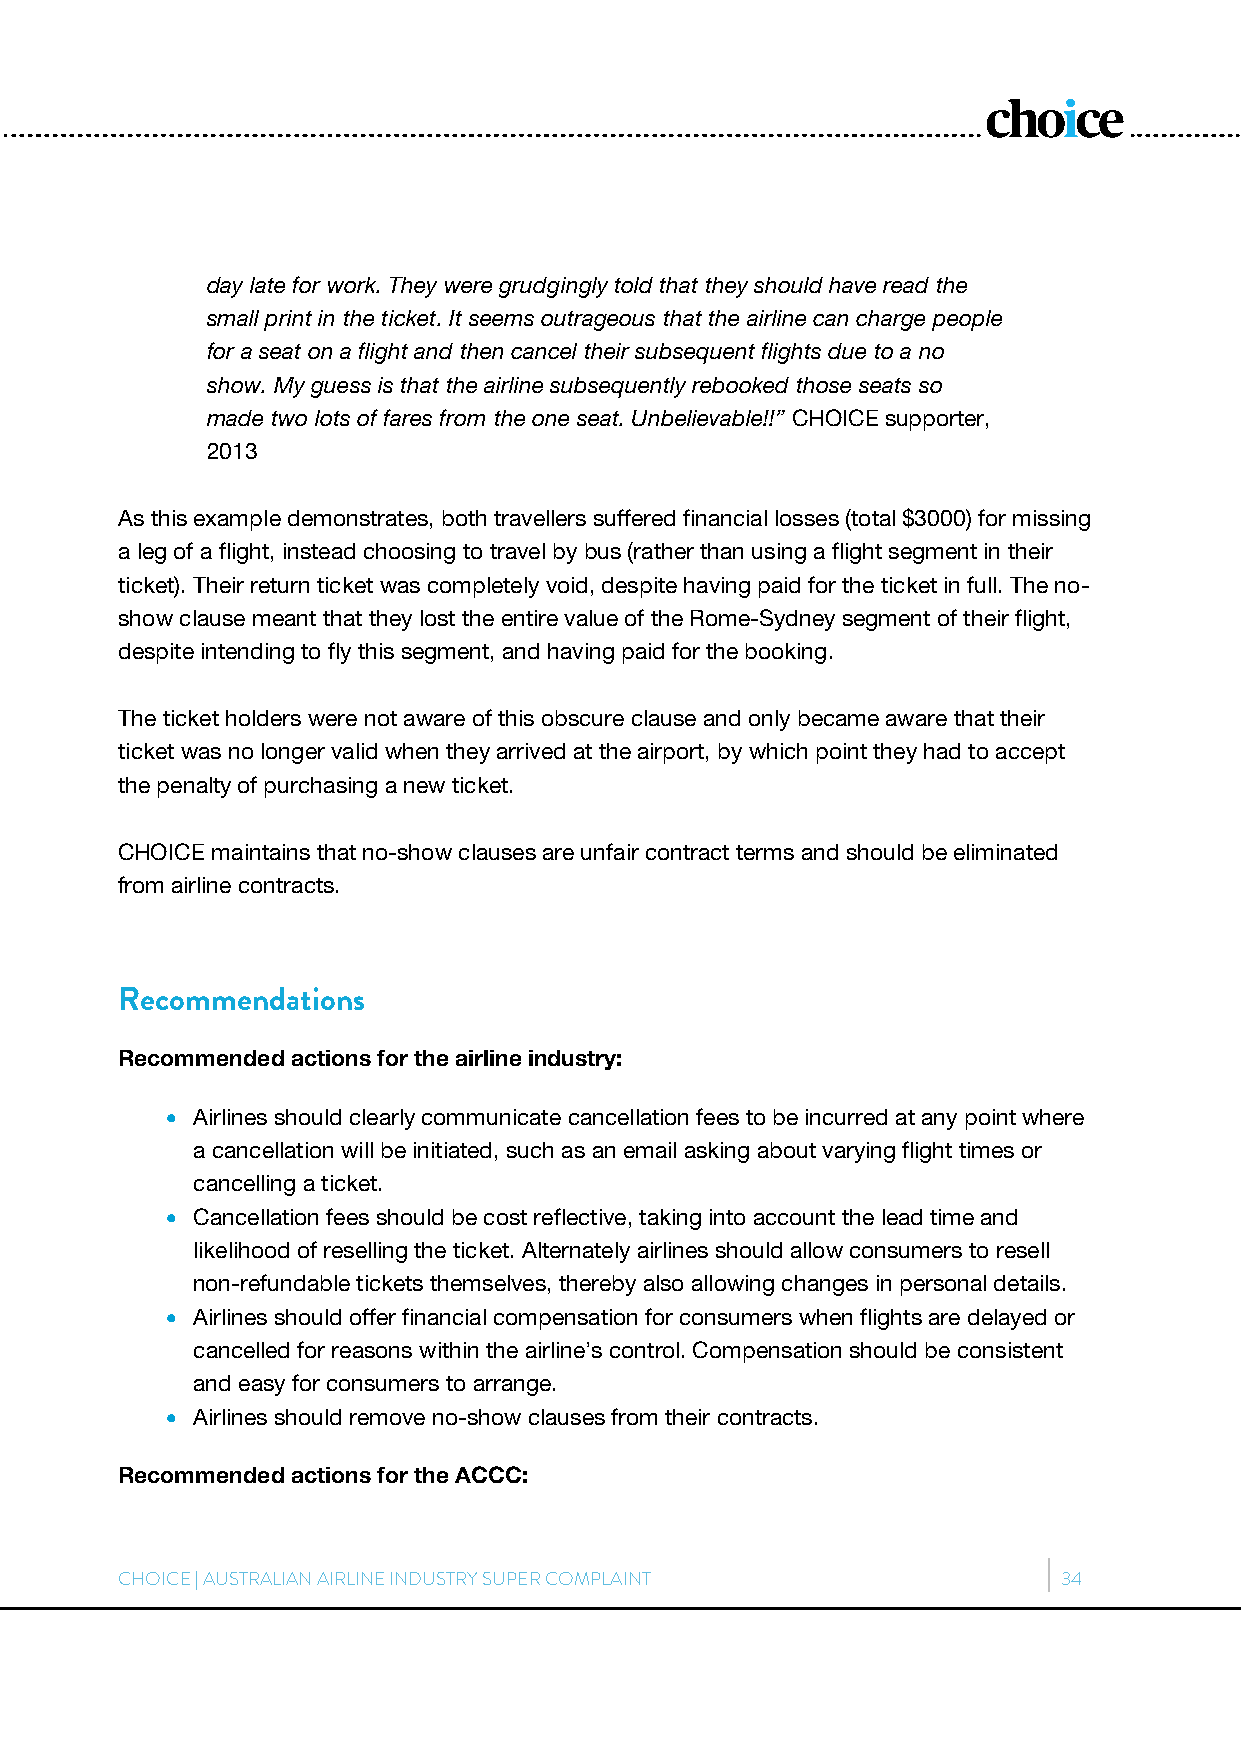
day late for work. They were grudgingly told that they should have read the
 small print in the ticket. It seems outrageous that the airline can charge people
 for a seat on a flight and then cancel their subsequent flights due to a no
 show. My guess is that the airline subsequently rebooked those seats so
 made two lots of fares from the one seat. Unbelievable!!” CHOICE supporter,
 2013
 As this example demonstrates, both travellers suffered financial losses (total $3000) for missing
 a leg of a flight, instead choosing to travel by bus (rather than using a flight segment in their
 ticket). Their return ticket was completely void, despite having paid for the ticket in full. The no-
 show clause meant that they lost the entire value of the Rome-Sydney segment of their flight,
 despite intending to fly this segment, and having paid for the booking.
 The ticket holders were not aware of this obscure clause and only became aware that their
 ticket was no longer valid when they arrived at the airport, by which point they had to accept
 the penalty of purchasing a new ticket.
 CHOICE maintains that no-show clauses are unfair contract terms and should be eliminated
 from airline contracts.
 Recommendations
 Recommended actions for the airline industry:
  Airlines should clearly communicate cancellation fees to be incurred at any point where
 a cancellation will be initiated, such as an email asking about varying flight times or
 cancelling a ticket.
  Cancellation fees should be cost reflective, taking into account the lead time and
 likelihood of reselling the ticket. Alternately airlines should allow consumers to resell
 non-refundable tickets themselves, thereby also allowing changes in personal details.
  Airlines should offer financial compensation for consumers when flights are delayed or
 cancelled for reasons within the airline’s control. Compensation should be consistent
 and easy for consumers to arrange.
  Airlines should remove no-show clauses from their contracts.
 Recommended actions for the ACCC:
 CHOICE | AUSTRALIAN AIRLINE INDUSTRY SUPER COMPLAINT          34